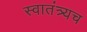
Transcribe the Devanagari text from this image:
स्वातंत्र्यच